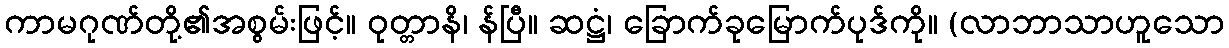
ကာမဂုဏ်တို့၏အစွမ်းဖြင့်။ ဝုတ္တာနိ၊ န်ပြီ။ ဆဋ္ဌံ၊ ခြောက်ခုမြောက်ပုဒ်ကို။ (လာဘာသာဟူသော